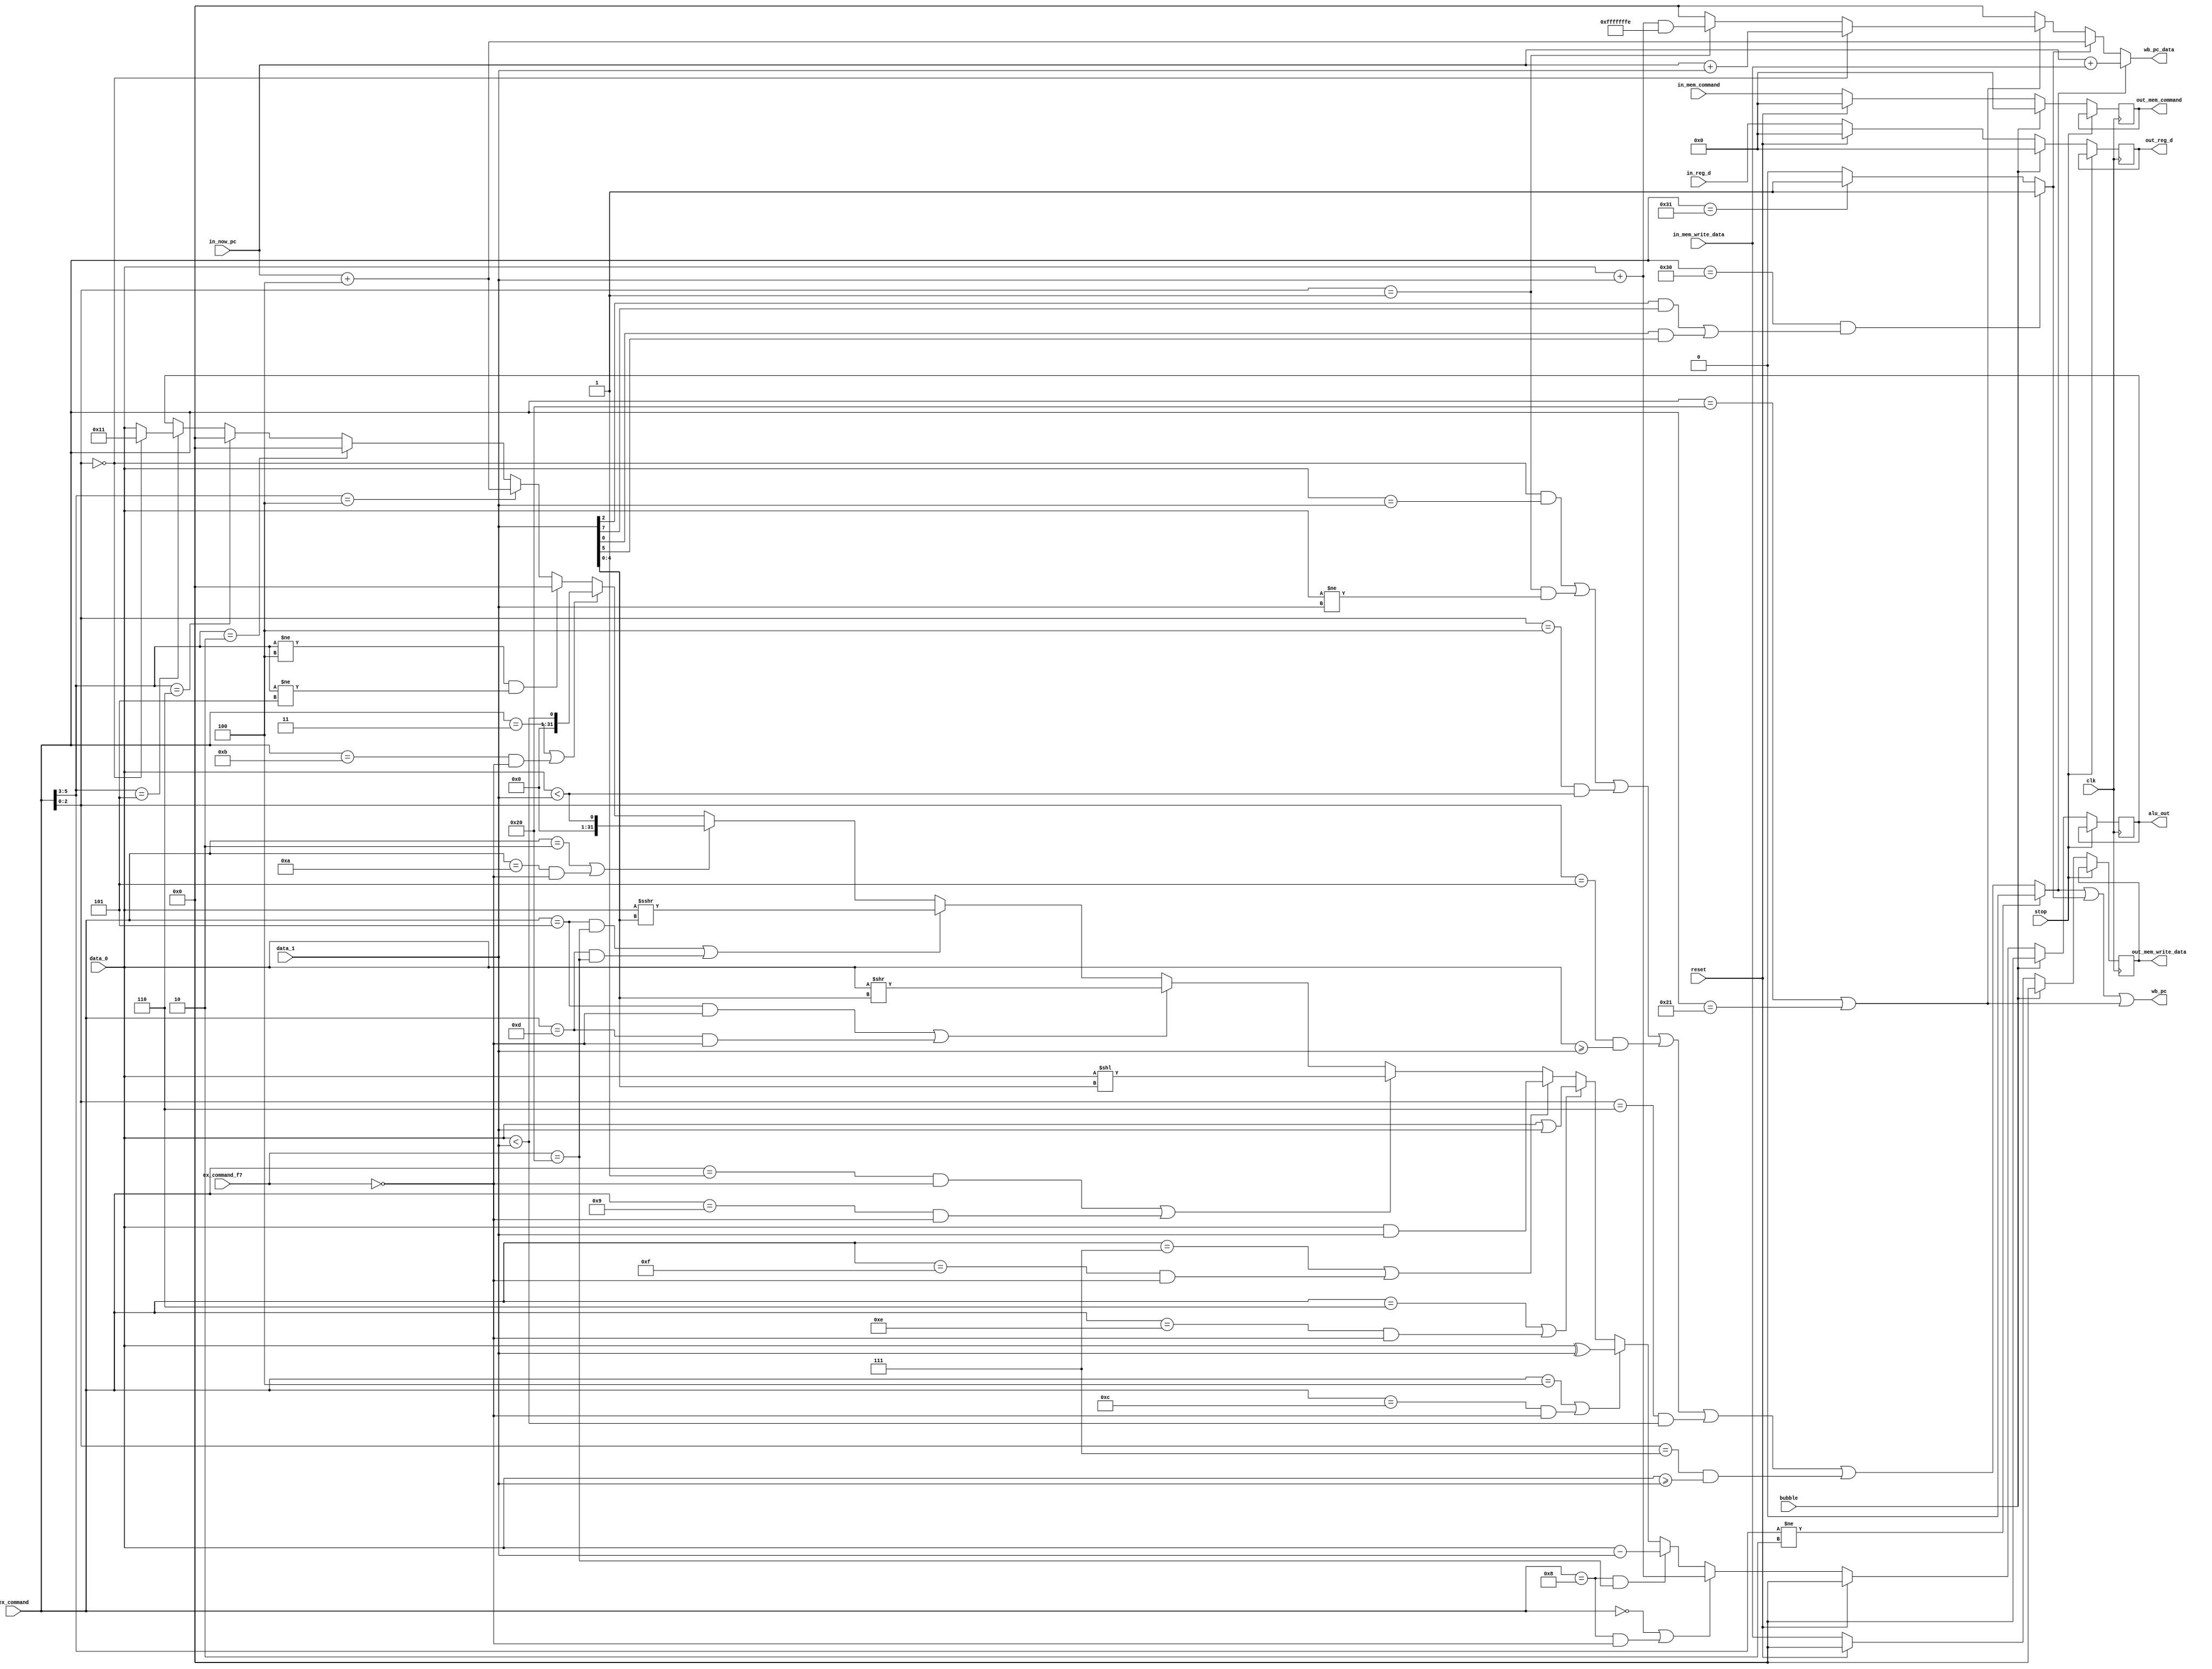
module execute (
    input reset,
    input clk,
    input stop,
    input bubble,
    input [4:0] in_reg_d,
    /* MEM Stage Command
       mem_command[0]: Is access to memory? (0: False, 1: True)
       mem_command[1]: Is write to memory? (0: Read, 1: Write)       
       mem_command[4:2]: funct3
    */
    input [4:0] in_mem_command,
    /* EX Stage Command
       ex_command[2:0]: funct3(only available below execution type)
       - jal/jalr: 000->jal 001->jalr
       ex_command[5:3]: type of execution
       - 000: calculation imm for RV32I
       - 001: calculation reg for RV32I
       - 010: compare values
       - 011: reserve for RV32M
       - 100: jal/jalr
       - 101: ecall/ebreak/csr
       - 110: fence
    */
    input [5:0] ex_command,
    input [6:0] ex_command_f7,
    input [31:0] data_0,
    input [31:0] data_1,
    input [31:0] in_mem_write_data, 
    input [31:0] in_now_pc,

    output wb_pc,
    output reg [4:0] out_mem_command,
    output reg [4:0] out_reg_d,
    output reg [31:0] alu_out, 
    output reg [31:0] out_mem_write_data,
    output [31:0] wb_pc_data
);

wire e_data = (data_0 == data_1);
wire ne_data = (data_0 != data_1);
wire ge_data_signed = ($signed(data_0) >= $signed(data_1));
wire ge_data_unsigned = ($unsigned(data_0) >= $unsigned(data_1));
wire lt_data_signed = ($signed(data_0) < $signed(data_1));
wire lt_data_unsigned = ($unsigned(data_0) < $unsigned(data_1));

wire [3:0] pred = data_1[3:0];
wire [3:0] succ = data_1[7:4];

// beq/bge/begu/blt/bltu/bne
wire jmp_f_b = (ex_command[5:3] != 3'b010) ? 1'b0 : (
    ((ex_command[2:0] == 3'b000) & e_data) |
    ((ex_command[2:0] == 3'b001) & ne_data) |
    ((ex_command[2:0] == 3'b100) & lt_data_signed) |
    ((ex_command[2:0] == 3'b101) & ge_data_signed) |
    ((ex_command[2:0] == 3'b110) & lt_data_unsigned) |
    ((ex_command[2:0] == 3'b111) & ge_data_unsigned)
);

wire [31:0] wb_pc_data_f_b = in_now_pc + in_mem_write_data;

// fence/fence.i
wire jmp_f_f = 
((ex_command == 6'b110000) & ((pred[2] & succ[3]) | pred[0] & succ[1])) ? 1'b1 : (
    (ex_command == 6'b110001) ? 1'b1 : 1'b0
);

wire [31:0] wb_pc_data_f_f = in_now_pc + 32'd4;

// jal/jalr
wire jmp_f_j = (ex_command == 6'b100000) | (ex_command == 6'b100001);

wire [31:0] wb_pc_data_f_j = (ex_command[2:0] == 3'b000) ? (in_now_pc + data_1) : (
    (ex_command[2:0] == 3'b001) ? ((data_0 + data_1) & 32'b11111111111111111111111111111110) : 32'b0
);

assign wb_pc = jmp_f_b | jmp_f_f | jmp_f_j;
assign wb_pc_data = jmp_f_b ? wb_pc_data_f_b : (
    jmp_f_f ? wb_pc_data_f_f : (
        jmp_f_j ? wb_pc_data_f_j : 32'b0
    )
);

always @(posedge clk) begin
    // Stop(pause) CPU
    if (stop) begin
        alu_out <= alu_out;
        out_mem_command <= out_mem_command;
        out_mem_write_data <= out_mem_write_data;
        out_reg_d <= out_reg_d;
    end

    // Pipeline Bubble (addi x0, x0, 0)
    else if (bubble) begin
        alu_out <= 32'b0;
        out_mem_command <= 5'b0;
        out_mem_write_data <= 32'b0;
        out_reg_d <= 6'b0;
    end

    else if (reset) begin
        alu_out <= 32'b0;
        out_mem_command <= 5'b0;
        out_mem_write_data <= 32'b0;
        out_reg_d <= 6'b0;
    end

    // Normal Execution
    else begin
        // add/addi
        // lb/lh/lw/lbu/lhu
        // sb/sh/sw
        // lui
        // auipc
        if (ex_command == 6'b000000 | 
        (ex_command == 6'b001000 & ex_command_f7 == 7'b0000000)) begin
            alu_out <= data_0 + data_1; 
        end
        // sub
        else if (ex_command == 6'b001000 & ex_command_f7 == 7'b0100000) begin
            alu_out <= data_0 - data_1;
        end
        // xori/xor
        else if (ex_command == 6'b000100 | 
                (ex_command == 6'b001100 & ex_command_f7 == 7'b0000000)) begin
            alu_out <= data_0 ^ data_1;
        end
        // ori/or
        else if (ex_command == 6'b000110 | 
                (ex_command == 6'b001110 & ex_command_f7 == 7'b0000000)) begin
            alu_out <= data_0 | data_1;
        end
        // andi/and
        else if (ex_command == 6'b000111 | 
                (ex_command == 6'b001111 & ex_command_f7 == 7'b0000000)) begin
            alu_out <= data_0 & data_1;
        end
        // slli/sll
        else if ((ex_command == 6'b000001 & ex_command_f7 == 7'b0000000) |
                 (ex_command == 6'b001001 & ex_command_f7 == 7'b0000000)) begin
            alu_out <= data_0 << data_1[4:0];
        end
        // srli/srl
        else if ((ex_command == 6'b000101 & ex_command_f7 == 7'b0000000) |
                 (ex_command == 6'b001101 & ex_command_f7 == 7'b0000000)) begin
            alu_out <= data_0 >> data_1[4:0];
        end
        // srai/sra
        else if ((ex_command == 6'b000101 & ex_command_f7 == 7'b0100000) |
                 (ex_command == 6'b001101 & ex_command_f7 == 7'b0100000)) begin
            alu_out <= $signed(data_0) >>> data_1[4:0];
        end
        // slti/slt
        else if ((ex_command == 6'b000010) |
                 (ex_command == 6'b001010 & ex_command_f7 == 7'b0000000)) begin
            alu_out <= $signed(data_0) < $signed(data_1);
        end
        // sltui/sltu
        else if((ex_command == 6'b000011) |
                (ex_command == 6'b001011 & ex_command_f7 == 7'b0000000)) begin
            alu_out <= $unsigned(data_0) < $unsigned(data_1);
        end
        else if ((ex_command[5:3] != 3'b100) & (ex_command[5:3] != 3'b101)) begin
            alu_out <= 32'b0;
        end

        // jar/jalr
        else if (ex_command[5:3] == 3'b100) begin
            alu_out <= in_now_pc + 32'd4;
        end

        // beq/bge/begu/blt/bltu/bne
        else if (ex_command[5:3] == 3'b010) begin
            alu_out <= 32'b0;
        end

        // fence/fence.i
        else if (ex_command[5:3] == 3'b110) begin
            alu_out <= 32'b0;
        end

        // csr
        else if (ex_command[5:3] == 3'b101) begin
            if (ex_command[2:0] == 3'b000) begin
                alu_out <= 32'h11;
            end
            else begin
                alu_out <= data_0;
            end
        end

        out_mem_command <= in_mem_command;
        out_mem_write_data <= in_mem_write_data;
        out_reg_d <= in_reg_d;
    end
end

endmodule